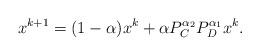
LaTeX: \begin{align*}x^{k+1}=(1-\alpha)x^k+\alpha P_{C}^{\alpha_2}P_{D}^{\alpha_1}x^k.\end{align*}